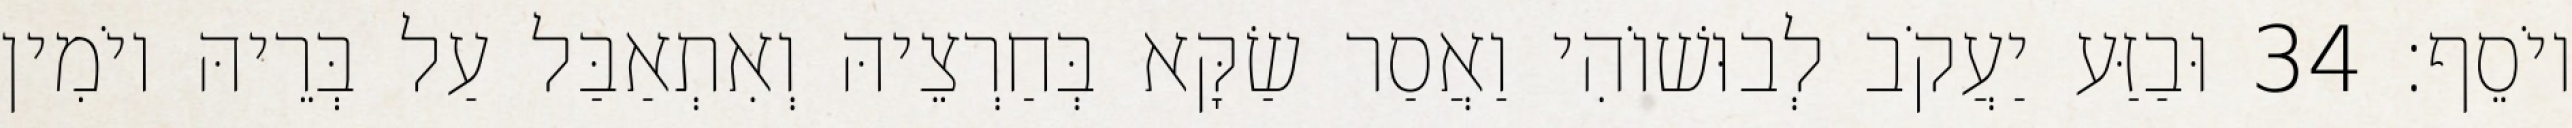
יוֹסֵף׃ 34 וּבַזַּע יַעֲקֹב לְבוּשׁוֹהִי וַאֲסַר שַׂקָּא בְּחַרְצֵיהּ וְאִתְאַבַּל עַל בְּרֵיהּ יוֹמִין